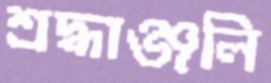
শ্রদ্ধাঞ্জলি